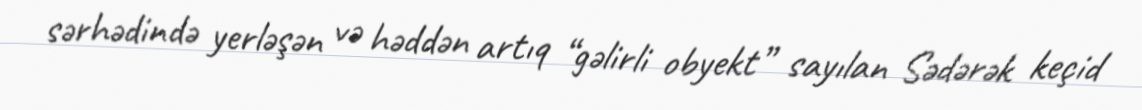
sərhədində yerləşən və həddən artıq “gəlirli obyekt” sayılan Sədərək keçid